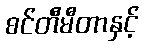
စင်တီမီတာနှင့်